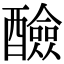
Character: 醶